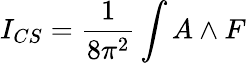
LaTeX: I_{CS}=\frac{1}{8\pi^{2}}\int A\wedge F